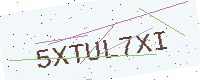
Text: 5XTUL7XI